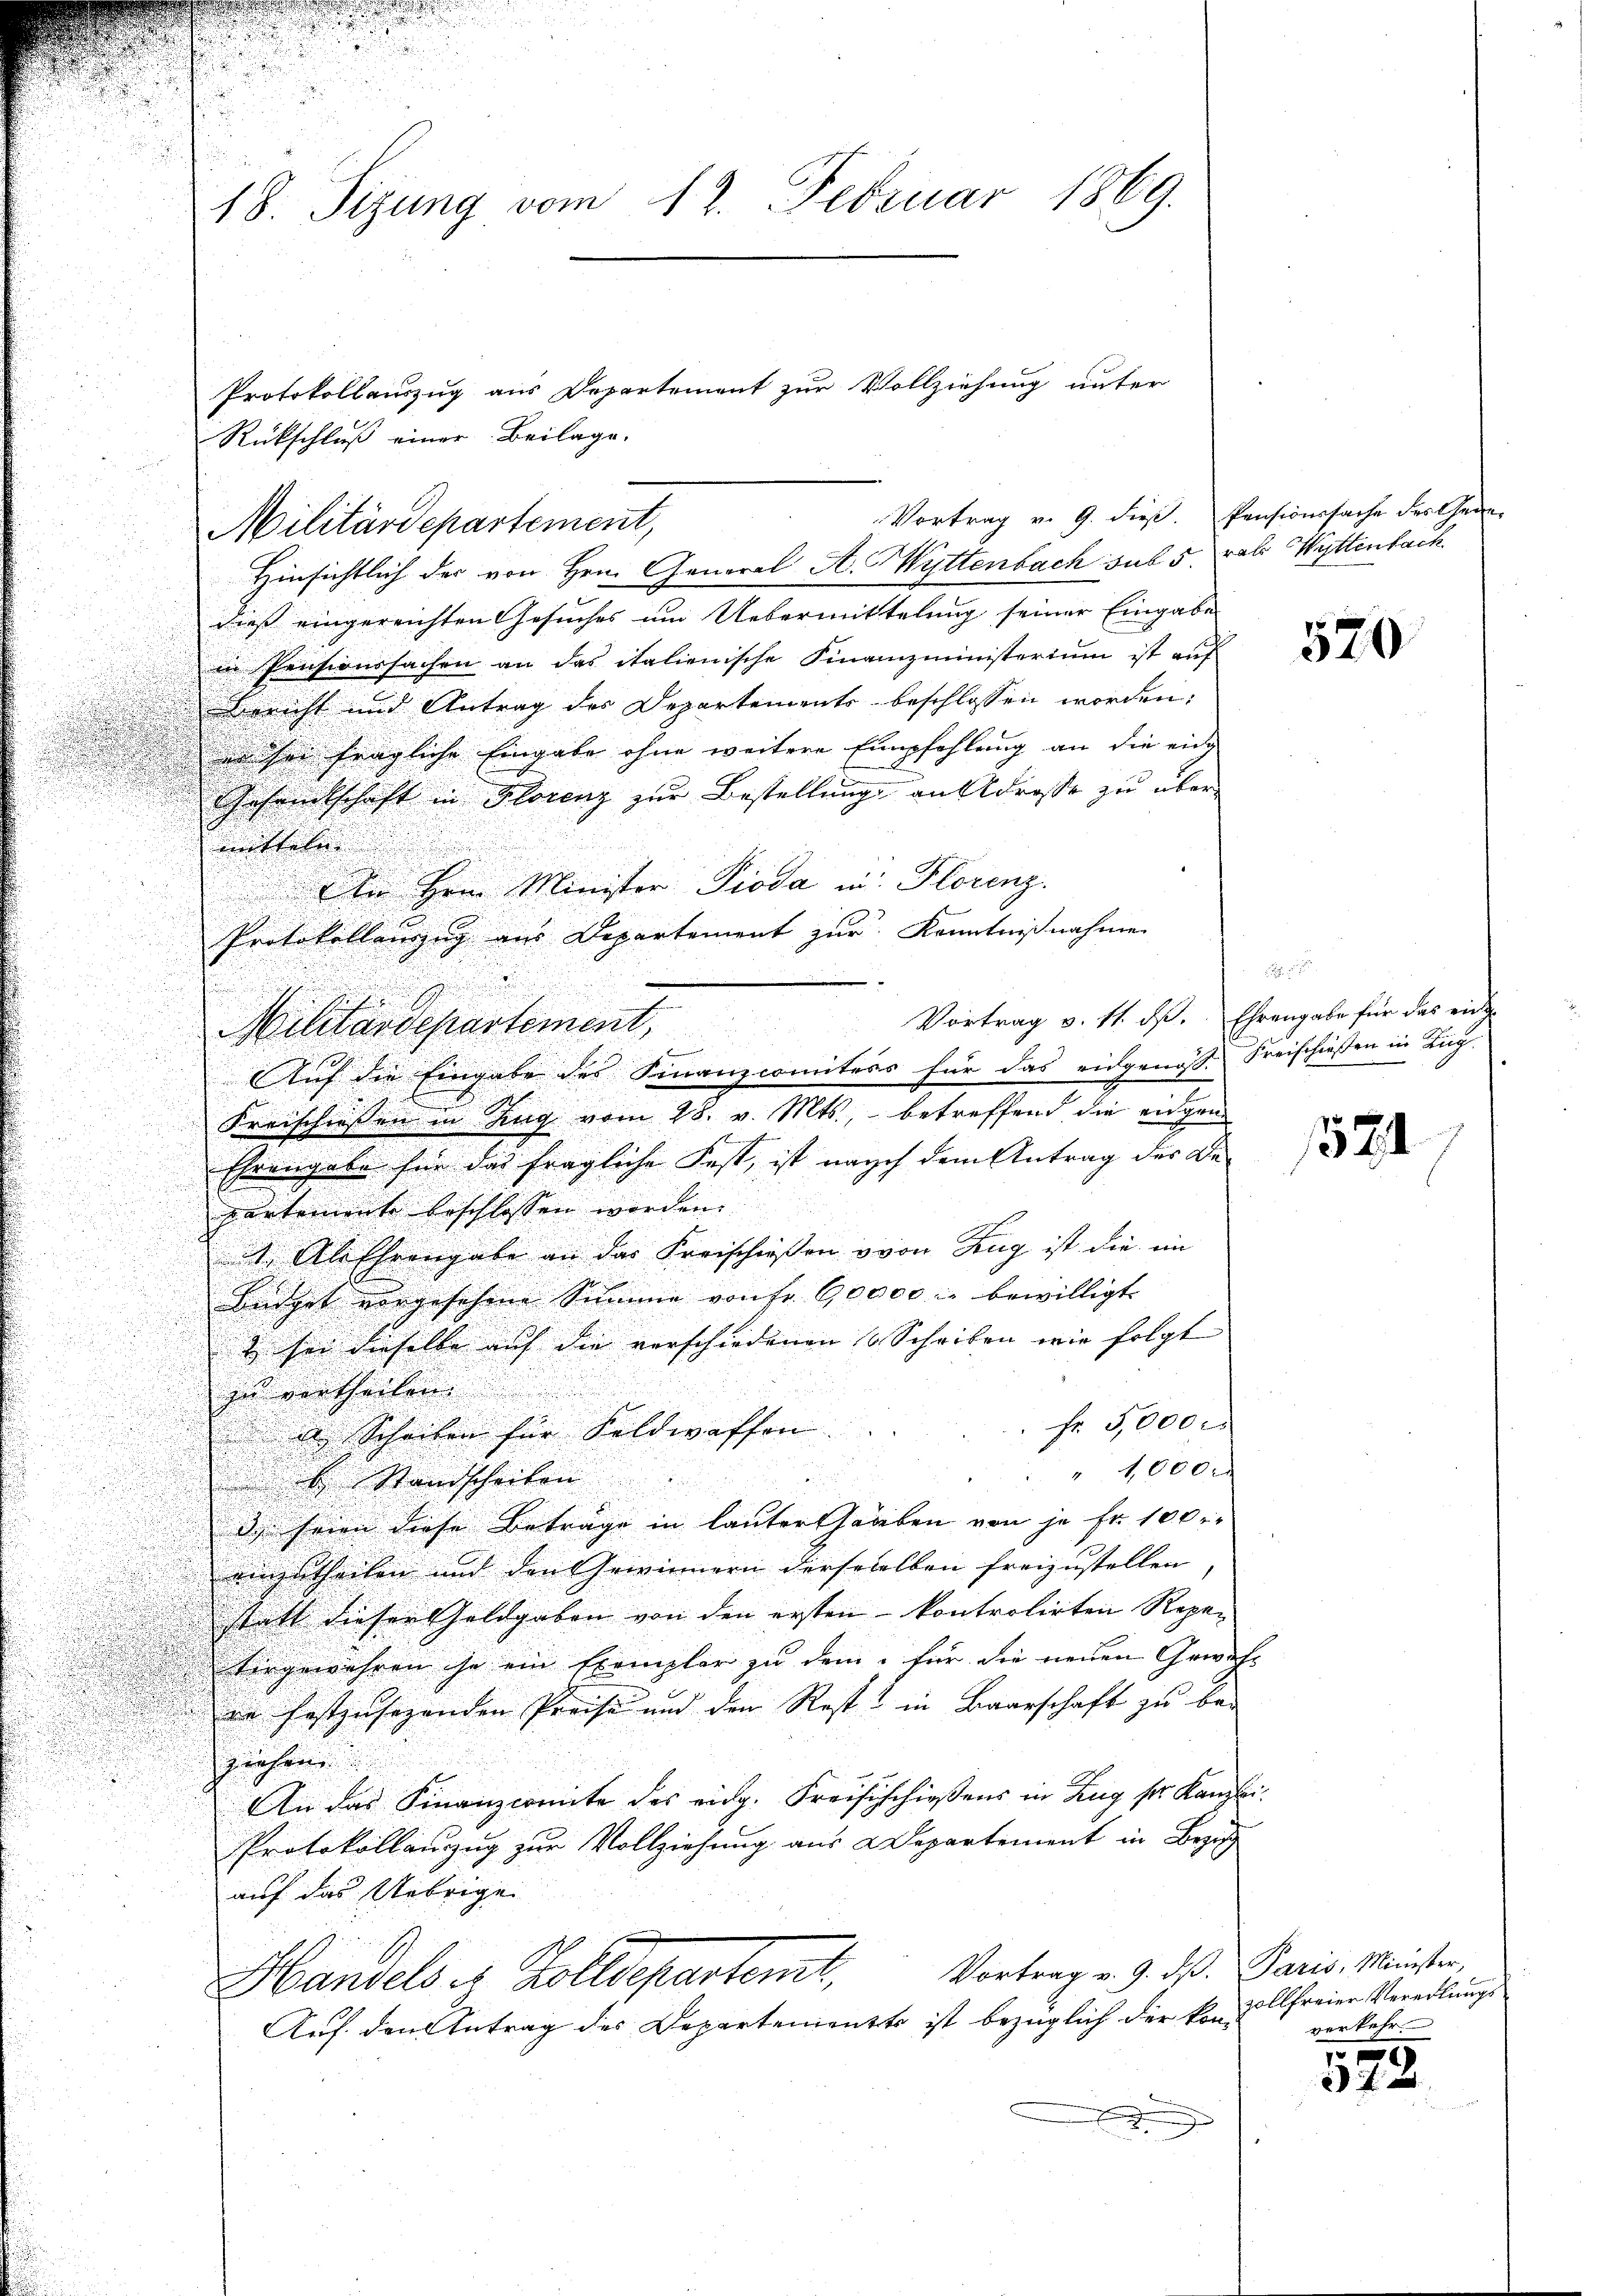
u
18. Sizung vom 12. Februar 1869.

Protokollauszug aus Departement zur Vollziehung unter
Rückschluß einer Beilage.

Militärdepartement,

Hinsichtlich der von Hrn. General A. Mittenbach sub 5. rab Wyttenfach
dieß eingereichten Gesuches um Uebermittelung seiner Eingabe
in Pensionssachen an das italienische Finanzministerium ist auf
Bericht und Antrag des Departements beschlossen worden;
 sei fragliche Eingabe ohne weitere Empfehlung an die eide
Gesandtschaft in Florenz zur Bestellung an Adresse zu überittel

.
n
An Hrn. Minister Pioda in Florenz.
2
Protokollenzug aus Departement zur Kenntnißnahme
.
1
Vortrag v. 11. dß. Ehrengabe für das eider
Militärdepartement.

Kreischießen in Zug vom 28. v. Mts., betreffend die eidgen
i
n
Ehrengabe für das fragliche Fest, ist nach dem Antrag der Be- |
n
partemente beschlossen worden.
.

i
d
t. Als Ehrengabe an das Freischieβen von Zug ist die ein

.

Büdget vorgesehene Summe von fr. 60000 : bewilligt.

& sei dieselbe auf die verschiedenen Scheiben wie folgt |
.
zu vertheilen
Fr. 5000
a Scheiben für Feldwaffen
" 1000 r
b Standscheiten
u
de seien diese Beträge in lauter Glauben von je Fr. 100 r.
einzutheilen und den Gewinnern derselelben freizustellen, |
statt dieser Goldgaben von den ersten kontrolirten Regen
tirgewähren so ein Exemplar zu dem für die neuen Gewich-
en festzusehenden Preise und den Rest? in Baarschaft zu be-
ziehen
An das Finanzcomite des eidg. Kreisschießens in Zug sr. Kanzlei¬
Protokollanzug zur Vollziehung aus Departement in Bezug
auf das Uebrige
Vortrag v. 9. ds. Paris, Minister,
Mandels es Zolldepartemb
Auf den Antrag des Departementes ist bezüglich der kann Alfreier Veredlungs

Auf die Eingabe des Finanzcomitees für das eidgenös- Freischiessen in Kug

Vortrag v. 9. dieß. Pensionssache des Gene-

570

1521

verkehr.

528.